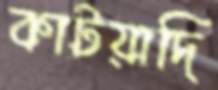
কাটয়াদি